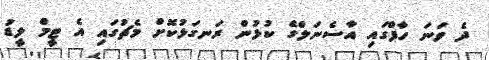
ދެ ވަނަ ހާފްގައި އާސެނަލްގެ ކުޅުން ރަނގަޅުކޮށް މެޗުގައި އެ ޓީމް ލީޑު